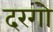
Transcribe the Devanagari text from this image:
दरगो